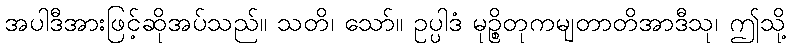
အပါဒီအားဖြင့်ဆိုအပ်သည်။ သတိ၊ သော်။ ဥပ္ပါဒံ မုဉ္စိတုကမျတာတိအာဒီသု၊ ဤသို့